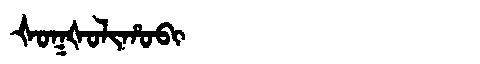
Manchu: ᡧᠣᡴᡧᠣᠯᡳᡥᠣᠪᡳ
Romanization: ŠOKŠOLIHOBI